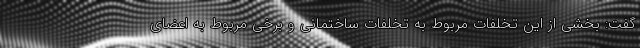
گفت: بخشی از این تخلفات مربوط به تخلفات ساختمانی و برخی مربوط به اعضای